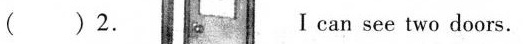
( )2. Ⅰcan see two doors.